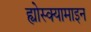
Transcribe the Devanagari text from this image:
ह्योस्क्यामाइन